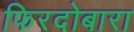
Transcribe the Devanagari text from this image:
फिरदोबारा